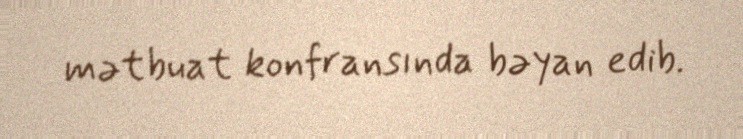
mətbuat konfransında bəyan edib.